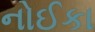
નોઈકા